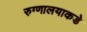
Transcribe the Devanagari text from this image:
रुग्णालयाकडे